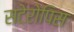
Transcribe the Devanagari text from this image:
सटेरोपिस